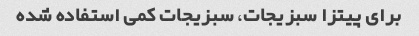
برای پیتزا سبزیجات، سبزیجات کمی استفاده شده